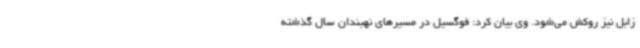
زابل نیز روکش می‌شود. وی بیان کرد: فوگسیل در مسیرهای نهبندان سال گذشته